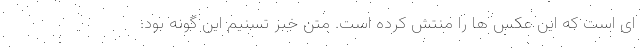
ای است که این عکس ها را منتش کرده است. متن خبر تسنیم این گونه بود: